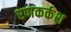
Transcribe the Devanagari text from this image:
रणकर्कश